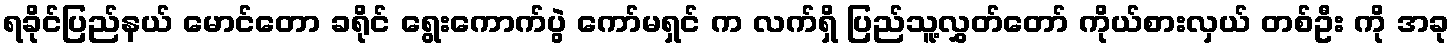
ရခိုင်ပြည်နယ် မောင်တော ခရိုင် ရွေးကောက်ပွဲ ကော်မရှင် က လက်ရှိ ပြည်သူ့လွှတ်တော် ကိုယ်စားလှယ် တစ်ဦး ကို အခု